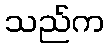
သည်က